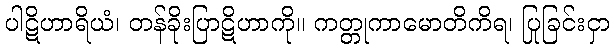
ပါဋိဟာရိယံ၊ တန်ခိုးပြာဋိဟာကို။ ကတ္တုကာမောတိကိရ၊ ပြုခြင်းငှာ